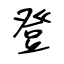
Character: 登